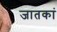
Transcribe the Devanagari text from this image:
जातकां